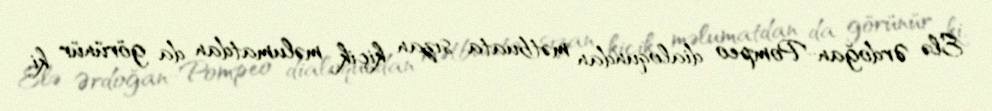
Elə Ərdoğan-Pompeo dialoqundan mətbuata sızan kiçik məlumatdan da görünür ki,